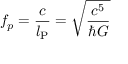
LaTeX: f _ { p } = { \frac { c } { l _ { \mathrm { P } } } } = { \sqrt { \frac { c ^ { 5 } } { \hbar G } } }